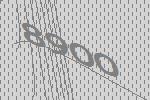
8900